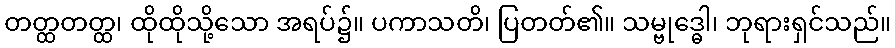
တတ္ထတတ္ထ၊ ထိုထိုသို့သော အရပ်၌။ ပကာသတိ၊ ပြတတ်၏။ သမ္ဗုဒ္ဓေါ၊ ဘုရားရှင်သည်။